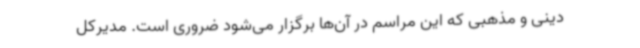
دینی و مذهبی که این مراسم در آن‌ها برگزار می‌شود ضروری است. مدیرکل